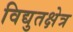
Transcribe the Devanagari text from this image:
विद्युतक्षेत्र